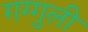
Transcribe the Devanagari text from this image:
गग्गुली